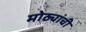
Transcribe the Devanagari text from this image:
मोठ्यांची